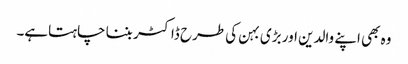
وہ بھی اپنے والدین اور بڑی بہن کی طرح ڈاکٹر بننا چاہتاہے۔